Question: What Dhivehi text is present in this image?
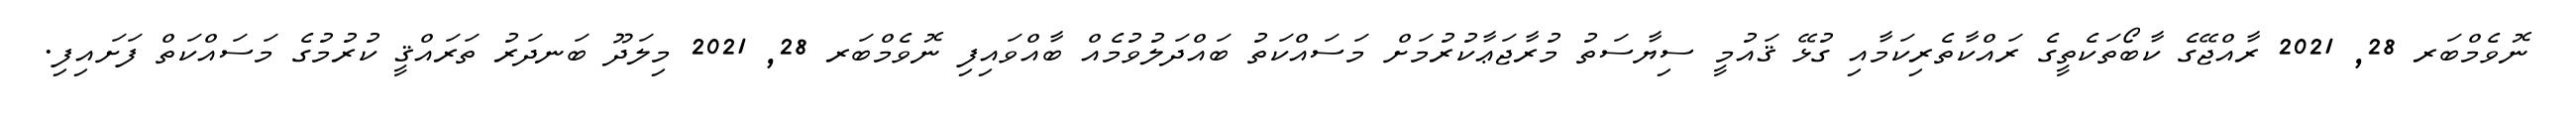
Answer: ނޮވެމްބަރ 28, 2021 ރާއްޖޭގެ ކާބޯތަކެތީގެ ރައްކާތެރިކަމާއި ގުޅޭ ޤައުމީ ސިޔާސަތު މުރާޖަޢާކުރުމަށް މަސައްކަތު ބައްދަލުވުމެއް ބާއްވައިފި ނޮވެމްބަރ 28, 2021 މިލަދޫ ބަނދަރު ތަރައްޤީ ކުރުމުގެ މަސައްކަތް ފަށައިފި.